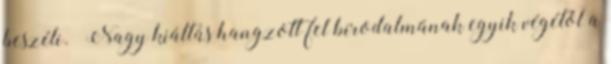
beszéli. «Nagy kiáltás hangzott fel birodalmának egyik végétől a